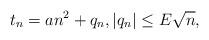
LaTeX: \begin{align*}t_n=a n^2 + q_n,|q_n|\le E\sqrt{n},\end{align*}